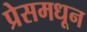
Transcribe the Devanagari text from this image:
प्रेसमधून